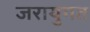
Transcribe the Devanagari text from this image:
जरायुगत